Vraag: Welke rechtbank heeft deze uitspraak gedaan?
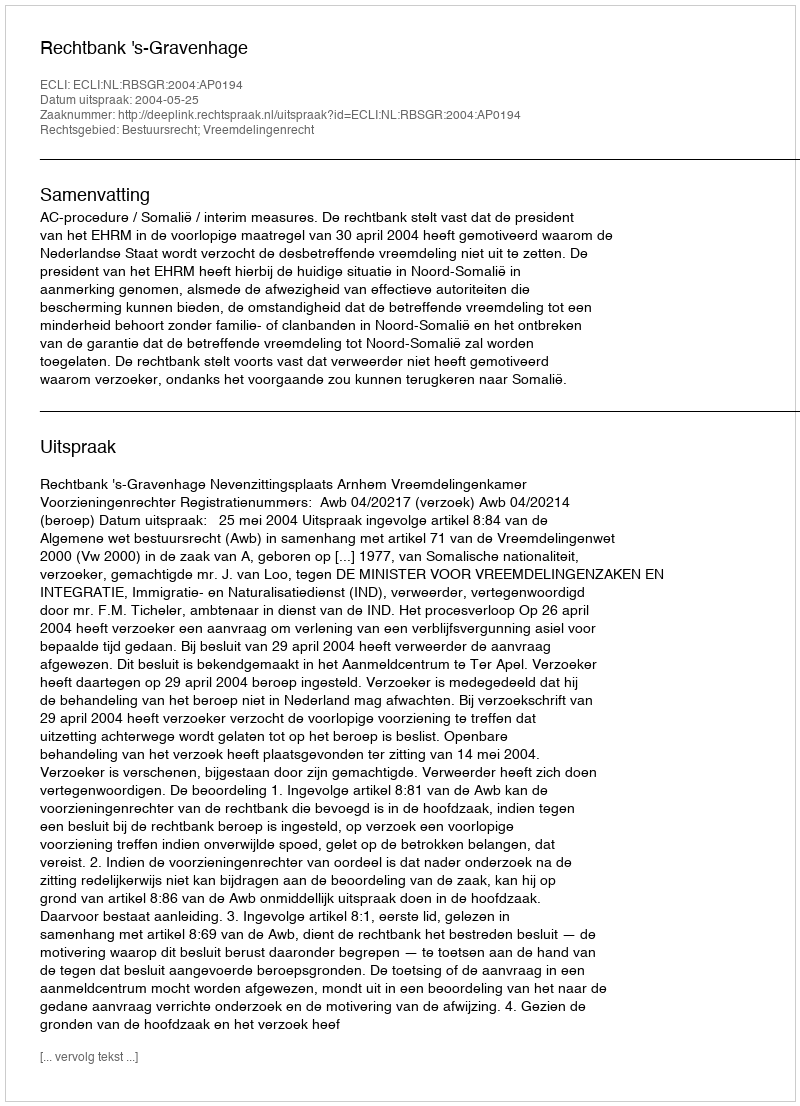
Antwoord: Rechtbank 's-Gravenhage